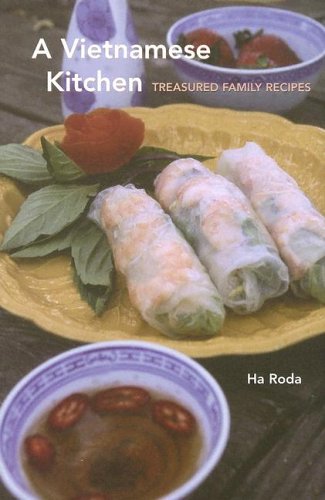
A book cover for A Vietnamese Kitchen: Treasured Family Recipes (Hippocrene Cookbook Library); Ha Roda; Cookbooks, Food & Wine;